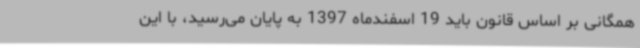
همگانی بر اساس قانون باید 19 اسفندماه 1397 به پایان می‌رسید، با این